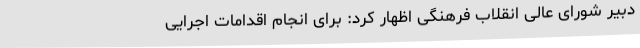
دبیر شورای عالی انقلاب فرهنگی اظهار کرد: برای انجام اقدامات اجرایی